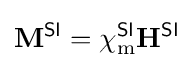
\mathbf {M} ^{\textsf {SI}}=\chi _{\text{m}}^{\textsf {SI}}\mathbf {H} ^{\textsf {SI}}